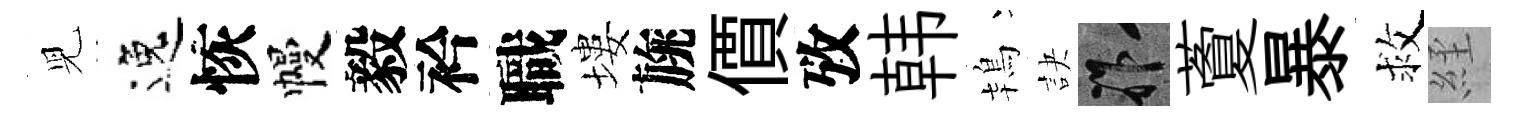
児逸恢幔毅衿職塿旐價攷韩鴇訣祚藑暴救𦀇